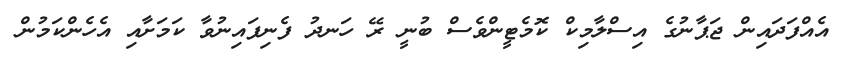
އެއްފަދައިން ޖަޕާނުގެ އިސްލާމިކް ކޮމެޓީންވެސް ބުނީ ރޭ ހަނދު ފެނިފައިނުވާ ކަމަށާއި އެހެންކަމުން